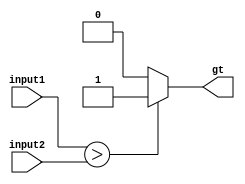
module GreaterThanComparator(
    input wire [7:0] input1,
    input wire [7:0] input2,
    output reg gt
);

always @(*) begin
    if (input1 > input2) begin
        gt = 1;
    end else begin
        gt = 0;
    end
end

endmodule